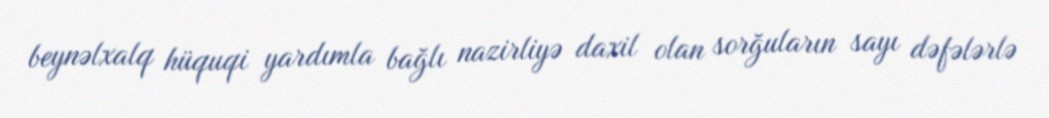
beynəlxalq hüquqi yardımla bağlı nazirliyə daxil olan sorğuların sayı dəfələrlə